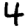
Digit: 4